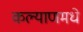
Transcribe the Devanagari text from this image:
कल्याणमधे